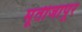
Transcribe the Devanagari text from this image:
मूर्तीजापूर